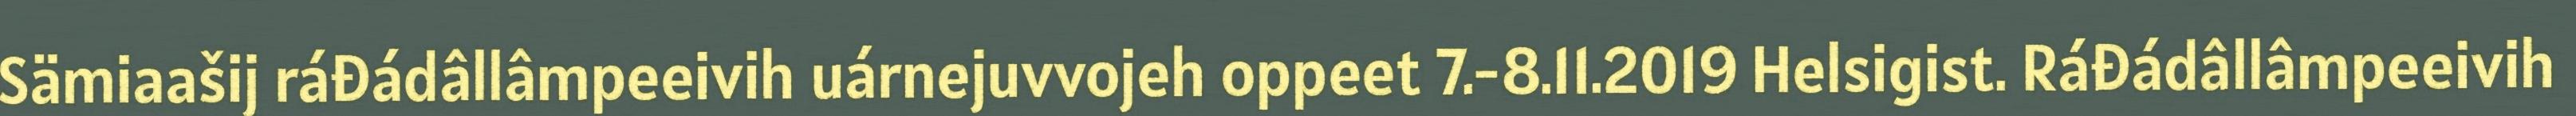
Sämiaašij ráđádâllâmpeeivih uárnejuvvojeh oppeet 7.-8.11.2019 Helsigist. Ráđádâllâmpeeivih